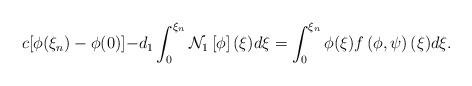
LaTeX: \begin{align*} c[\phi(\xi_n)-\phi(0)]-&d_1\int_{0}^{\xi_n} \mathcal{N}_1\left[\phi\right](\xi)d\xi=\int_{0}^{\xi_n}\phi(\xi)f\left(\phi,\psi\right)(\xi)d\xi.\end{align*}